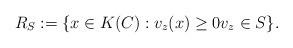
LaTeX: \begin{align*}R_{S}:=\{x\in{K(C)}:v_{z}(x)\geq{0}v_{z}\in{S}\}.\end{align*}